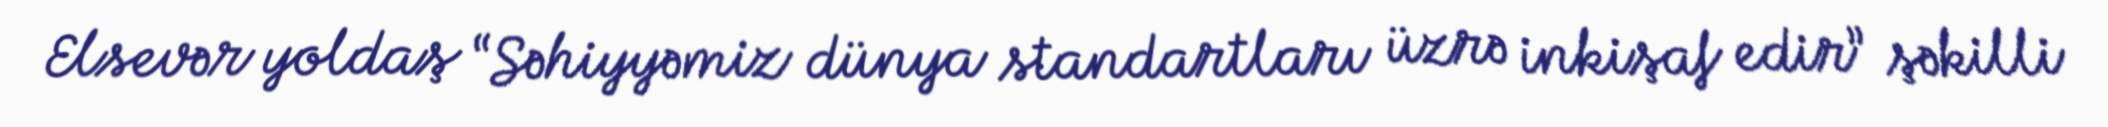
Elsevər yoldaş “Səhiyyəmiz dünya standartları üzrə inkişaf edir” şəkilli